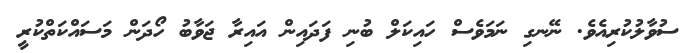
ސުވާލުކުރިއެވެ. ނޭނގި ނަމަވެސް ހައިކަލް ބުނި ފަދައިން އައިރާ ޖަވާބު ހޯދަން މަސައްކަތްކުރީ